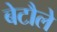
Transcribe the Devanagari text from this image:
बेटौले